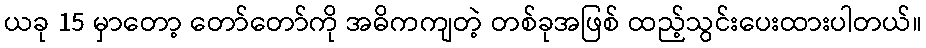
ယခု 15 မှာတော့ တော်တော်ကို အဓိကကျတဲ့ တစ်ခုအဖြစ် ထည့်သွင်းပေးထားပါတယ်။